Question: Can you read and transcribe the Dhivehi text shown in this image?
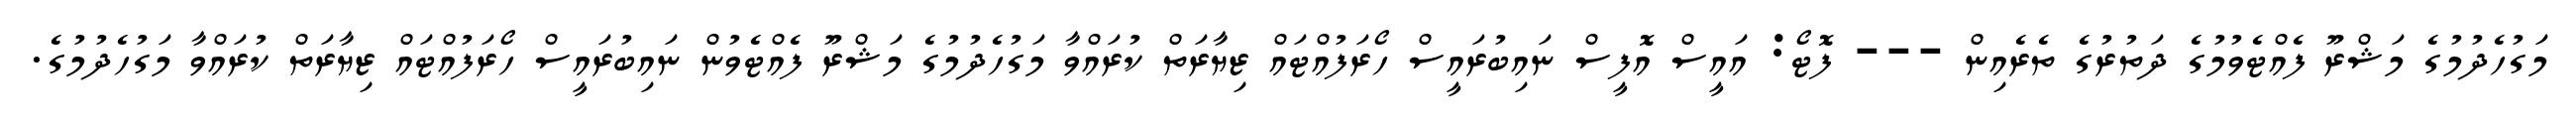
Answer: މަގުހެދުމުގެ މަޝްރޫ ފެއްޓެވުމުގެ ދަތުރުގެ ތެރެއިން --- ފޮޓޯ: އައީސް އޮފީސް ނައިބުރައީސް ހޯރަފުއްޓައް ޒިޔާރަތް ކުރައްވާ މަގުހެދުމުގެ މަޝްރޫ ފެއްޓެވުން ނައިބުރައީސް ހޯރަފުއްޓައް ޒިޔާރަތް ކުރައްވާ މަގުހެދުމުގެ.